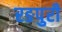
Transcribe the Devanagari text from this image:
रङपुरी